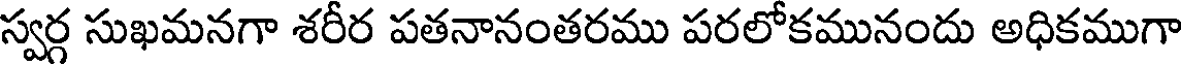
స్వర్గ సుఖమనగా శరీర పతనానంతరము పరలోకమునందు అధికముగా